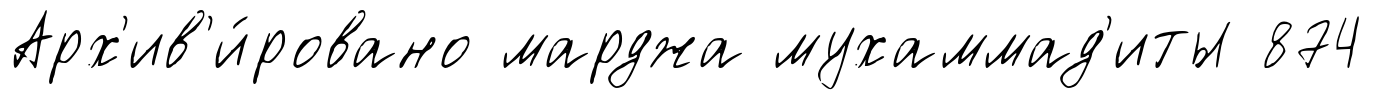
Арх'ив'и́ровано марджа мухаммад'иты 874